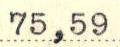
75,59